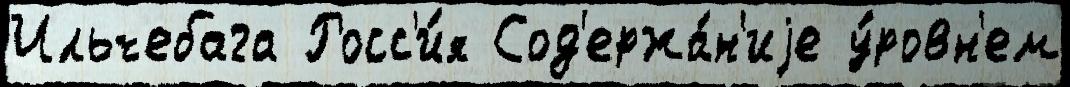
Ильчебага Росс'и́я Сод'ержа́н'иjе у́ровн'ем